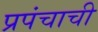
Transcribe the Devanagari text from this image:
प्रपंचाची